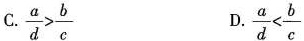
C.$$\frac{ a } { d } > \frac { b } { c }$$ D.$$\frac { a } { d } < \frac { b } { c }$$